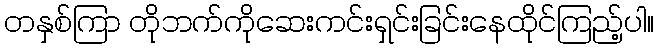
တနှစ်ကြာ တိုဘက်ကိုဆေးကင်းရှင်းခြင်းနေထိုင်ကြည့်ပါ။